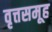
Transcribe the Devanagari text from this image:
वृत्तसमूह